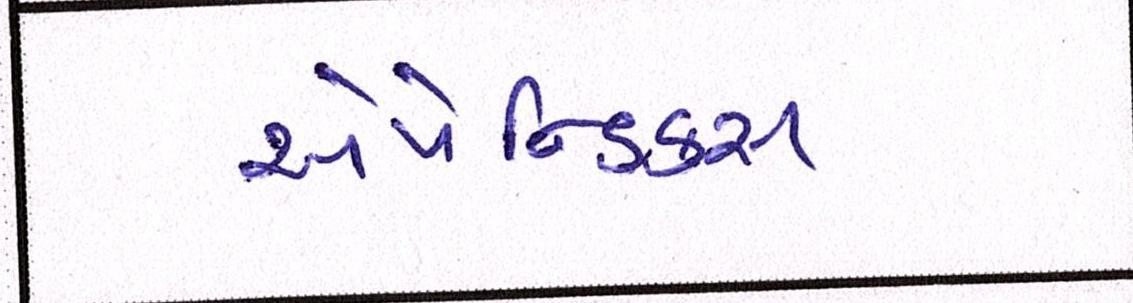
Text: એપેન્ડિક્સ